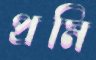
প্রমি